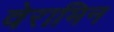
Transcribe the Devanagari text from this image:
वेरामिन